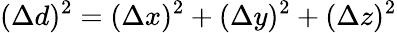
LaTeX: (\Delta{d})^{2}=(\Delta{x})^{2}+(\Delta{y})^{2}+(\Delta{z})^{2}